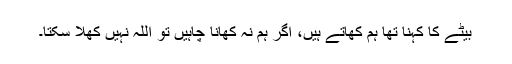
بیٹے کا کہنا تھا ہم کھاتے ہیں، اگر ہم نہ کھانا چاہیں تو اللہ نہیں کھلا سکتا۔